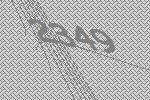
2349